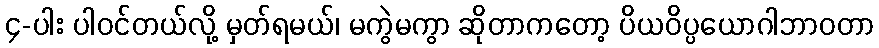
၄-ပါး ပါဝင်တယ်လို့ မှတ်ရမယ်၊ မကွဲမကွာ ဆိုတာကတော့ ပိယဝိပ္ပယောဂါဘာဝတာ